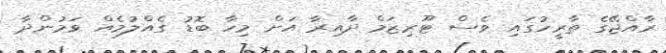
ރާއްޖޭގެ ތާރީހުގައި ވެސް ޓޫރިޒަމް ދާއިރާ އަށް މިހާ ބޮޑު ގެއްލުމެއް ވަމުންދާ